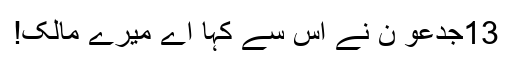
13جِدعو ن نے اُس سے کہا اَے میرے مالِک!